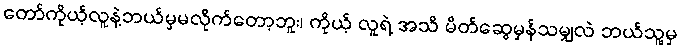
တော်ကိုယ့်လူနဲ့ဘယ်မှမလိုက်တော့ဘူး၊ ကိုယ့် လူရဲ့ အသိ မိတ်ဆွေမှန်သမျှလဲ ဘယ်သူ့မှ